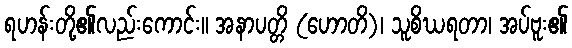
ရဟန်းတို့၏လည်းကောင်း။ အနာပတ္တိ (ဟောတိ)၊ သူစိဃရတာ၊ အပ်ဗူး၏